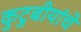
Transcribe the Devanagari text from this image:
कुटुबीयांचे